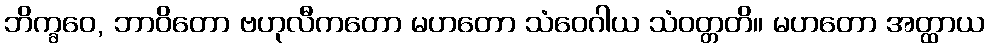
ဘိက္ခဝေ, ဘာဝိတော ဗဟုလီကတော မဟတော သံဝေဂါယ သံဝတ္တတိ။ မဟတော အတ္ထာယ